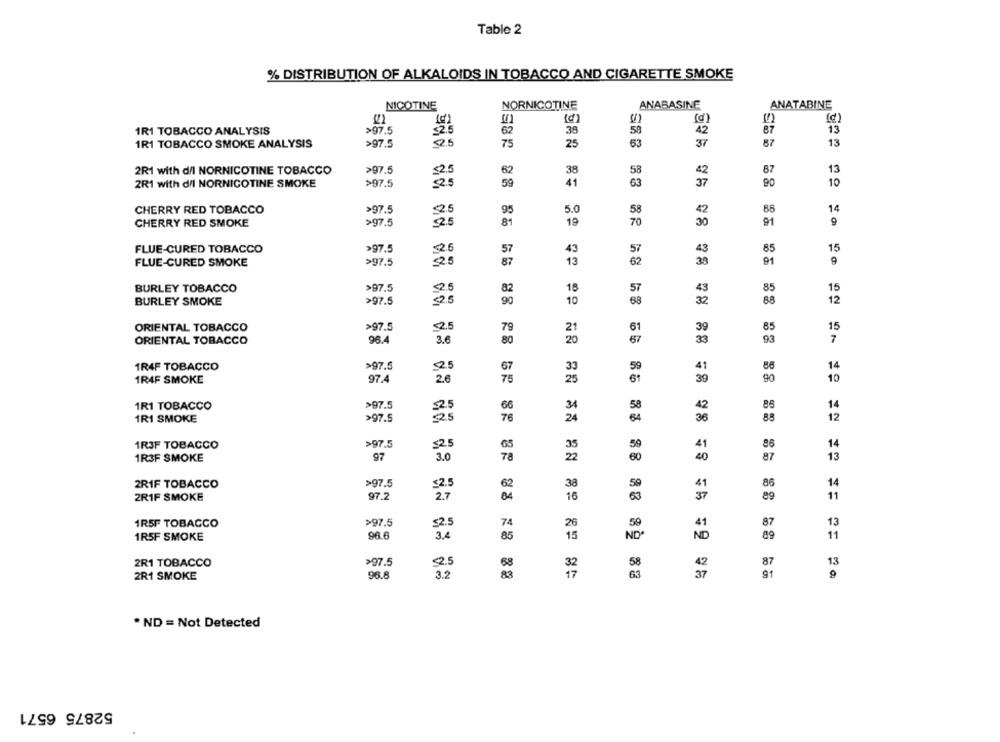
Table 2
% DISTRIBUTION OF ALKALOIDS IN TOBACCO AND CIGARETTE SMOKE
NICOTINE
NORNICOTINE
ANABASINE
ANATABINE
(d)
1R1 TOBACCO ANALYSIS
>97.5
62
38
58
42
87
25
1R1 TOBACCO SMOKE ANALYSIS
>97.5
75
25
63
87
13
2R1 with d/l NORNICOTINE TOBACCO
>97.5
38
58
87
13
2R1 with dil NORNICOTINE SMOKE
>97.5
41
63
90
10
CHERRY RED TOBACCO
>97.5
25
95
5.0
58
42
88
14
CHERRY RED SMOKE
>97.5
81
19
70
30
91
9
FLUE-CURED TOBACCO
>97.5
43
57
43
85
15
FLUE-CURED SMOKE
>97.5
13
62
38
91
BURLEY TOBACCO
>97.5
25
18
57
85
15
49
BURLEY SMOKE
>97.5
20
10
68
32
88
12
ORIENTAL TOBACCO
>97.5
<2.5
85
15
79
21
61
39
ORIENTAL TOBACCO
96.4
3.6
80
20
57
33
93
7
1R4F TOBACCO
>97.5
2.5
67
33
59
41
86
14
97.4
2.6
75
25
61
39
90
10
1R4F SMOKE
1R1 TOBACCO
>97.5
$2.5
66
34
58
42
86
14
12
1R1 SMOKE
>97.5
25
76
24
64
36
88
1R3F TOBACCO
>97.5
$2.5
59
41
86
14
65
1R3F SMOKE
97
3.0
78
22
60
40
87
13
>97.5
86
2RIF TOBACCO
$2.5
38
59
41
14
2RIF SMOKE
97.2
2.7
16
63
37
89
11
88
1R5F TOBACCO
>97.5
52.5
74
26
59
41
87
13
96.6
3.4
1R5F SMOKE
85
15
ND*
ND
89
11
2R1 TOBACCO
>97.5
<2.5
58
87
13
32
2R1 SMOKE
96.8
3.2
17
63
91
9
* ND = Not Detected
52875 6571